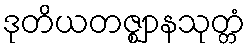
ဒုတိယတဇ္ဈာနသုတ္တံ